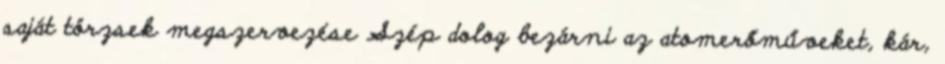
saját törzsek megszervezése Szép dolog bezárni az atomerőműveket, kár,